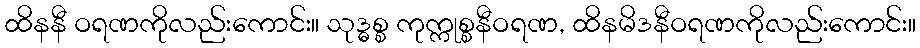
ထိနနီ ဝရဏကိုလည်းကောင်း။ သုဒ္ဓစ္စ ကုက္ကုစ္စနီဝရဏ, ထိနမိဒနီဝရဏကိုလည်းကောင်း။